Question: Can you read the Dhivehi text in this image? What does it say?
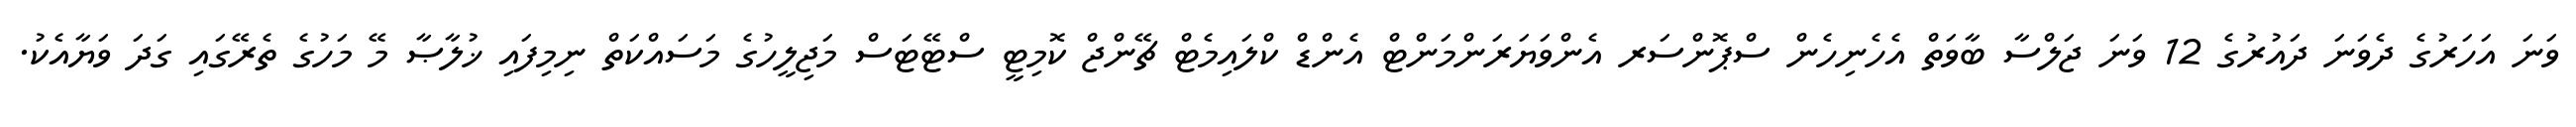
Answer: ވަނަ އަހަރުގެ ދެވަނަ ދައުރުގެ 12 ވަނަ ޖަލްސާ ބާވަތް އެހެނިހެން ސްޕޮންސަރ އެންވަޔަރަންމަންޓް އެންޑް ކްލައިމެޓް ޗޭންޖް ކޮމިޓީ ސްޓޭޓަސް މަޖިލީހުގެ މަސައްކަތް ނިމިފައި ޚުލާޞާ މޭ މަހުގެ ތެރޭގައި ގަދަ ވަޔާއެކު.